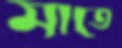
মাতে